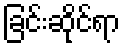
ခြင်းဆိုင်ရာ